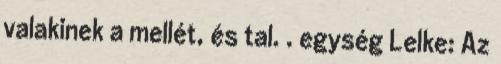
valakinek a mellét, és tal. . egység Lelke: Az